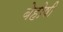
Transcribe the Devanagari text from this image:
बेहोषी